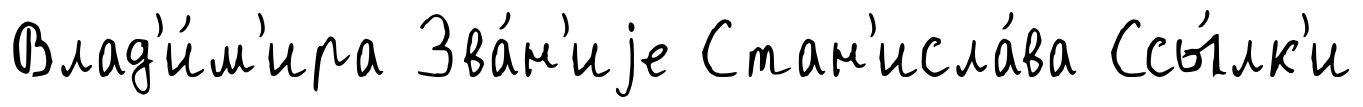
Влад'и́м'ира Зва́н'иjе Стан'исла́ва Ссы́лк'и